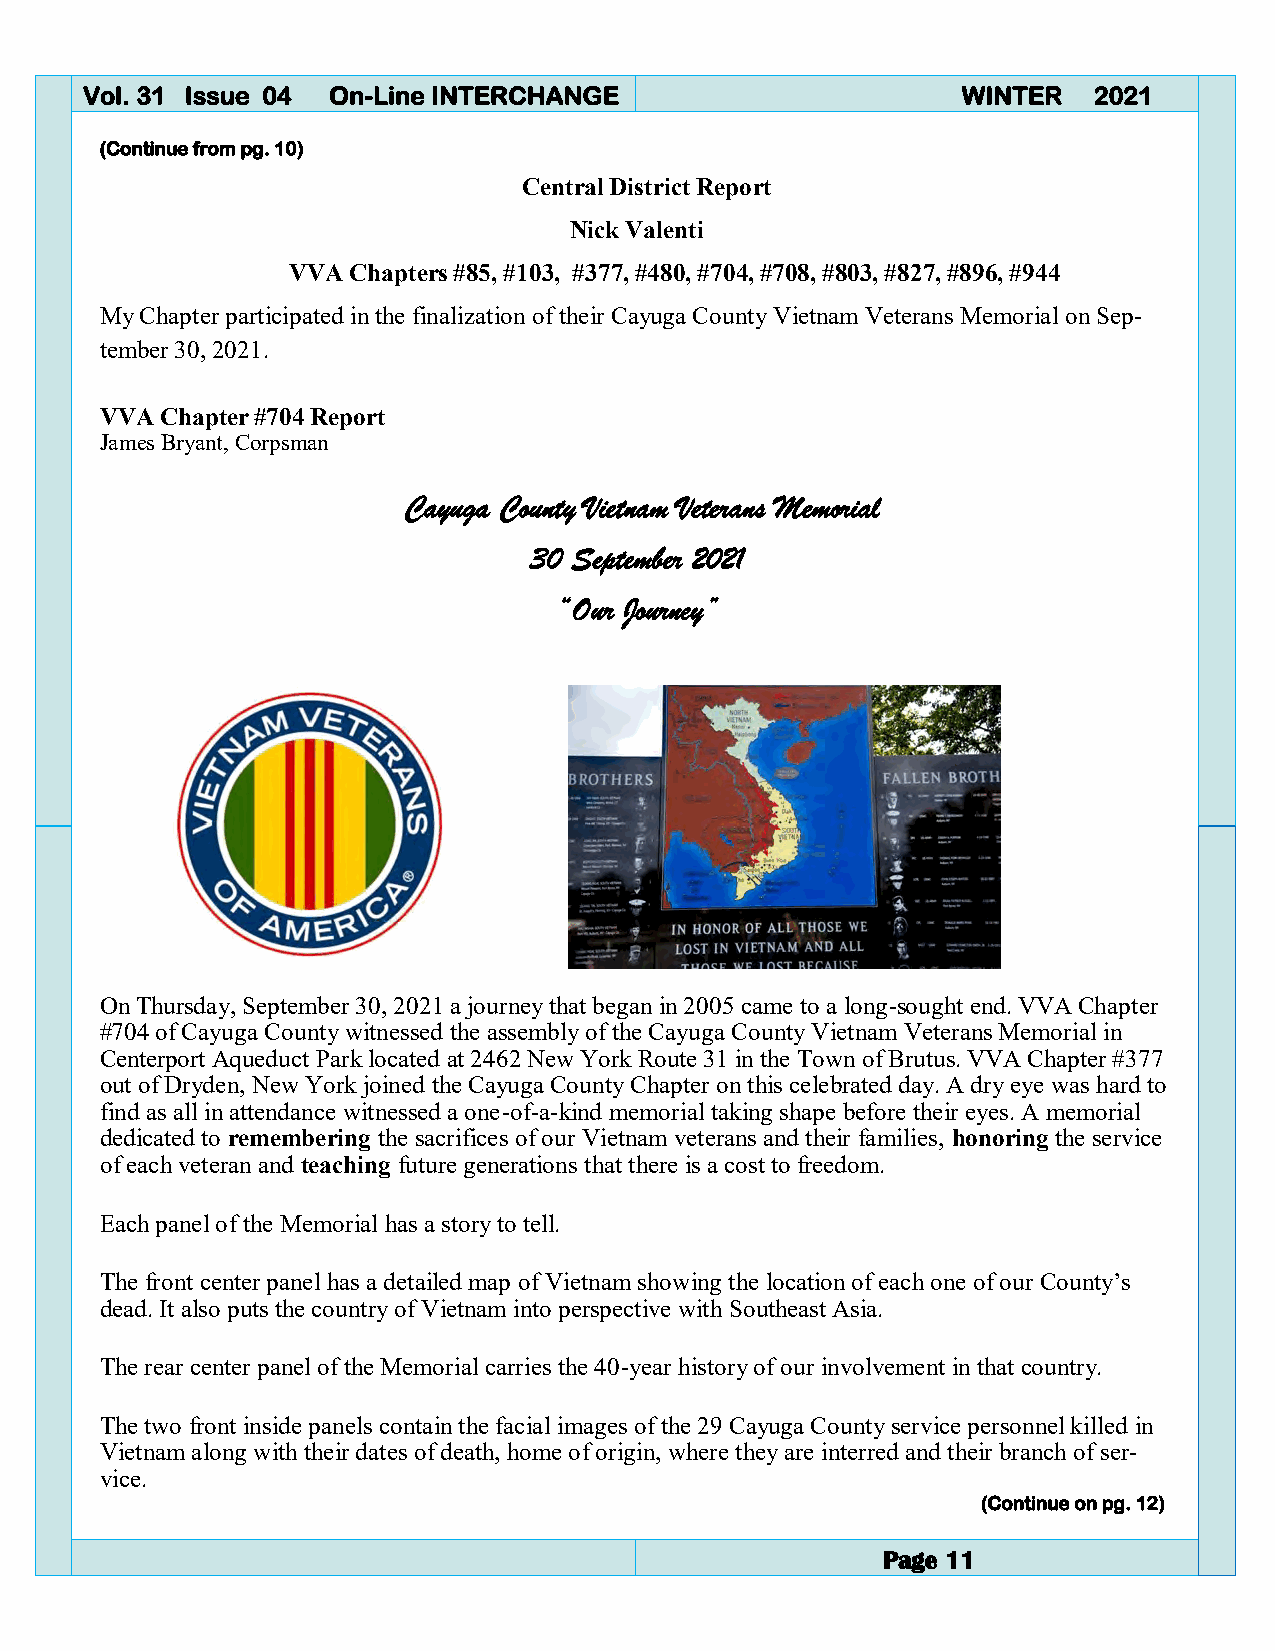
Vol. 31 Issue 04 On-Line INTERCHANGE                       WINTER  2021
 (Continue from pg. 10)
 Central District Report
 Nick Valenti
 VVA Chapters #85, #103, #377, #480, #704, #708, #803, #827, #896, #944
 My Chapter participated in the finalization of their Cayuga County Vietnam Veterans Memorial on Sep-
 tember 30, 2021.
 VVA Chapter #704 Report
 James Bryant, Corpsman
 Cayuga County Vietnam Veterans Memorial
 30 September 2021
 “Our Journey”
 On Thursday, September 30, 2021 a journey that began in 2005 came to a long-sought end. VVA Chapter
 #704 of Cayuga County witnessed the assembly of the Cayuga County Vietnam Veterans Memorial in
 Centerport Aqueduct Park located at 2462 New York Route 31 in the Town of Brutus. VVA Chapter #377
 out of Dryden, New York joined the Cayuga County Chapter on this celebrated day. A dry eye was hard to
 find as all in attendance witnessed a one-of-a-kind memorial taking shape before their eyes. A memorial
 dedicated to remembering the sacrifices of our Vietnam veterans and their families, honoring the service
 of each veteran and teaching future generations that there is a cost to freedom.
 Each panel of the Memorial has a story to tell.
 The front center panel has a detailed map of Vietnam showing the location of each one of our County’s
 dead. It also puts the country of Vietnam into perspective with Southeast Asia.
 The rear center panel of the Memorial carries the 40-year history of our involvement in that country.
 The two front inside panels contain the facial images of the 29 Cayuga County service personnel killed in
 Vietnam along with their dates of death, home of origin, where they are interred and their branch of ser-
 vice.
 (Continue on pg. 12)
 Page 11